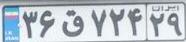
۳۶ق۷۲۴۲۹